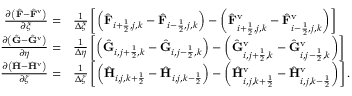
\begin{array} { r l } { \frac { \partial \left( \hat { \mathbf { F } } - \hat { \mathbf { F } } ^ { \mathrm { v } } \right) } { \partial \xi } = } & { { } \frac { 1 } { \Delta \xi } \left[ \left( \hat { \mathbf { F } } _ { i + \frac { 1 } { 2 } , j , k } - \hat { \mathbf { F } } _ { i - \frac { 1 } { 2 } , j , k } \right) - \left( \hat { \mathbf { F } } _ { i + \frac { 1 } { 2 } , j , k } ^ { \mathrm { v } } - \hat { \mathbf { F } } _ { i - \frac { 1 } { 2 } , j , k } ^ { \mathrm { v } } \right) \right] } \\ { \frac { \partial \left( \hat { \mathbf { G } } - \hat { \mathbf { G } } ^ { \mathrm { v } } \right) } { \partial \eta } = } & { { } \frac { 1 } { \Delta \eta } \left[ \left( \hat { \mathbf { G } } _ { i , j + \frac { 1 } { 2 } , k } - \hat { \mathbf { G } } _ { i , j - \frac { 1 } { 2 } , k } \right) - \left( \hat { \mathbf { G } } _ { i , j + \frac { 1 } { 2 } , k } ^ { \mathrm { v } } - \hat { \mathbf { G } } _ { i , j - \frac { 1 } { 2 } , k } ^ { \mathrm { v } } \right) \right] } \\ { \frac { \partial \left( \hat { \mathbf { H } } - \hat { \mathbf { H } } ^ { \mathrm { v } } \right) } { \partial \zeta } = } & { { } \frac { 1 } { \Delta \zeta } \left[ \left( \hat { \mathbf { H } } _ { i , j , k + \frac { 1 } { 2 } } - \hat { \mathbf { H } } _ { i , j , k - \frac { 1 } { 2 } } \right) - \left( \hat { \mathbf { H } } _ { i , j , k + \frac { 1 } { 2 } } ^ { \mathrm { v } } - \hat { \mathbf { H } } _ { i , j , k - \frac { 1 } { 2 } } ^ { \mathrm { v } } \right) \right] . } \end{array}